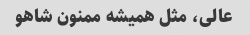
عالی، مثل همیشه ممنون شاهو